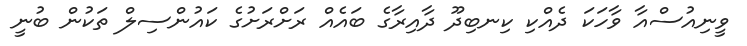
ވީނިއުސްއާ ވާހަކަ ދެއްކި ކިނބިދޫ ދާއިރާގެ ބައެއް ރަށްރަށުގެ ކައުންސިލް ތަކުން ބުނީ